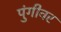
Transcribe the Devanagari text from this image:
पुंगीवर